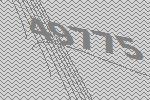
49775